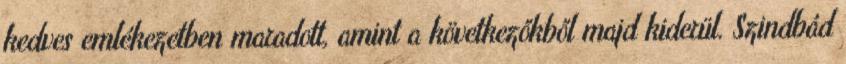
kedves emlékezetben maradott, amint a következőkből majd kiderül. Szindbád